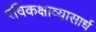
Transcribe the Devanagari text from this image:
रविकक्षाव्यासार्ध